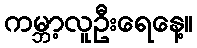
ကမ္ဘာ့လူဦးရေနေ့။